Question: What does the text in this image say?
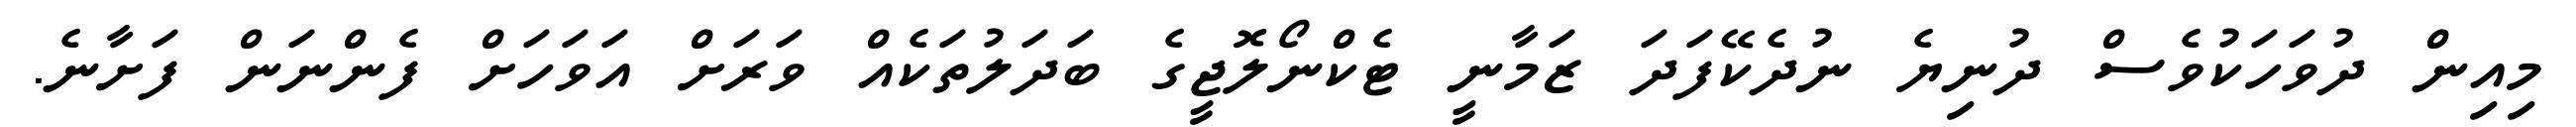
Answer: މިއިން ދުވަހަކުވެސް ދުނިޔެ ނުދެކޭފަދަ ޒަމާނީ ޓެކްނޯލޮޖީގެ ބަދަލުތަކެއް ވަރަށް އަވަހަށް ފެންނަން ފަށާނެ.